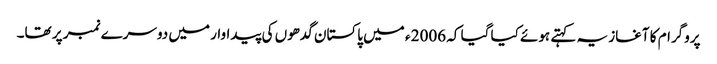
پروگرام کا آغاز یہ کہتے ہوئے کیا گیا کہ 2006 ء میں پاکستان گدھوں کی پیداوار میں دوسرے نمبر پر تھا۔